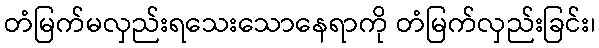
တံမြက်မလှည်းရသေးသောနေရာကို တံမြက်လှည်းခြင်း၊